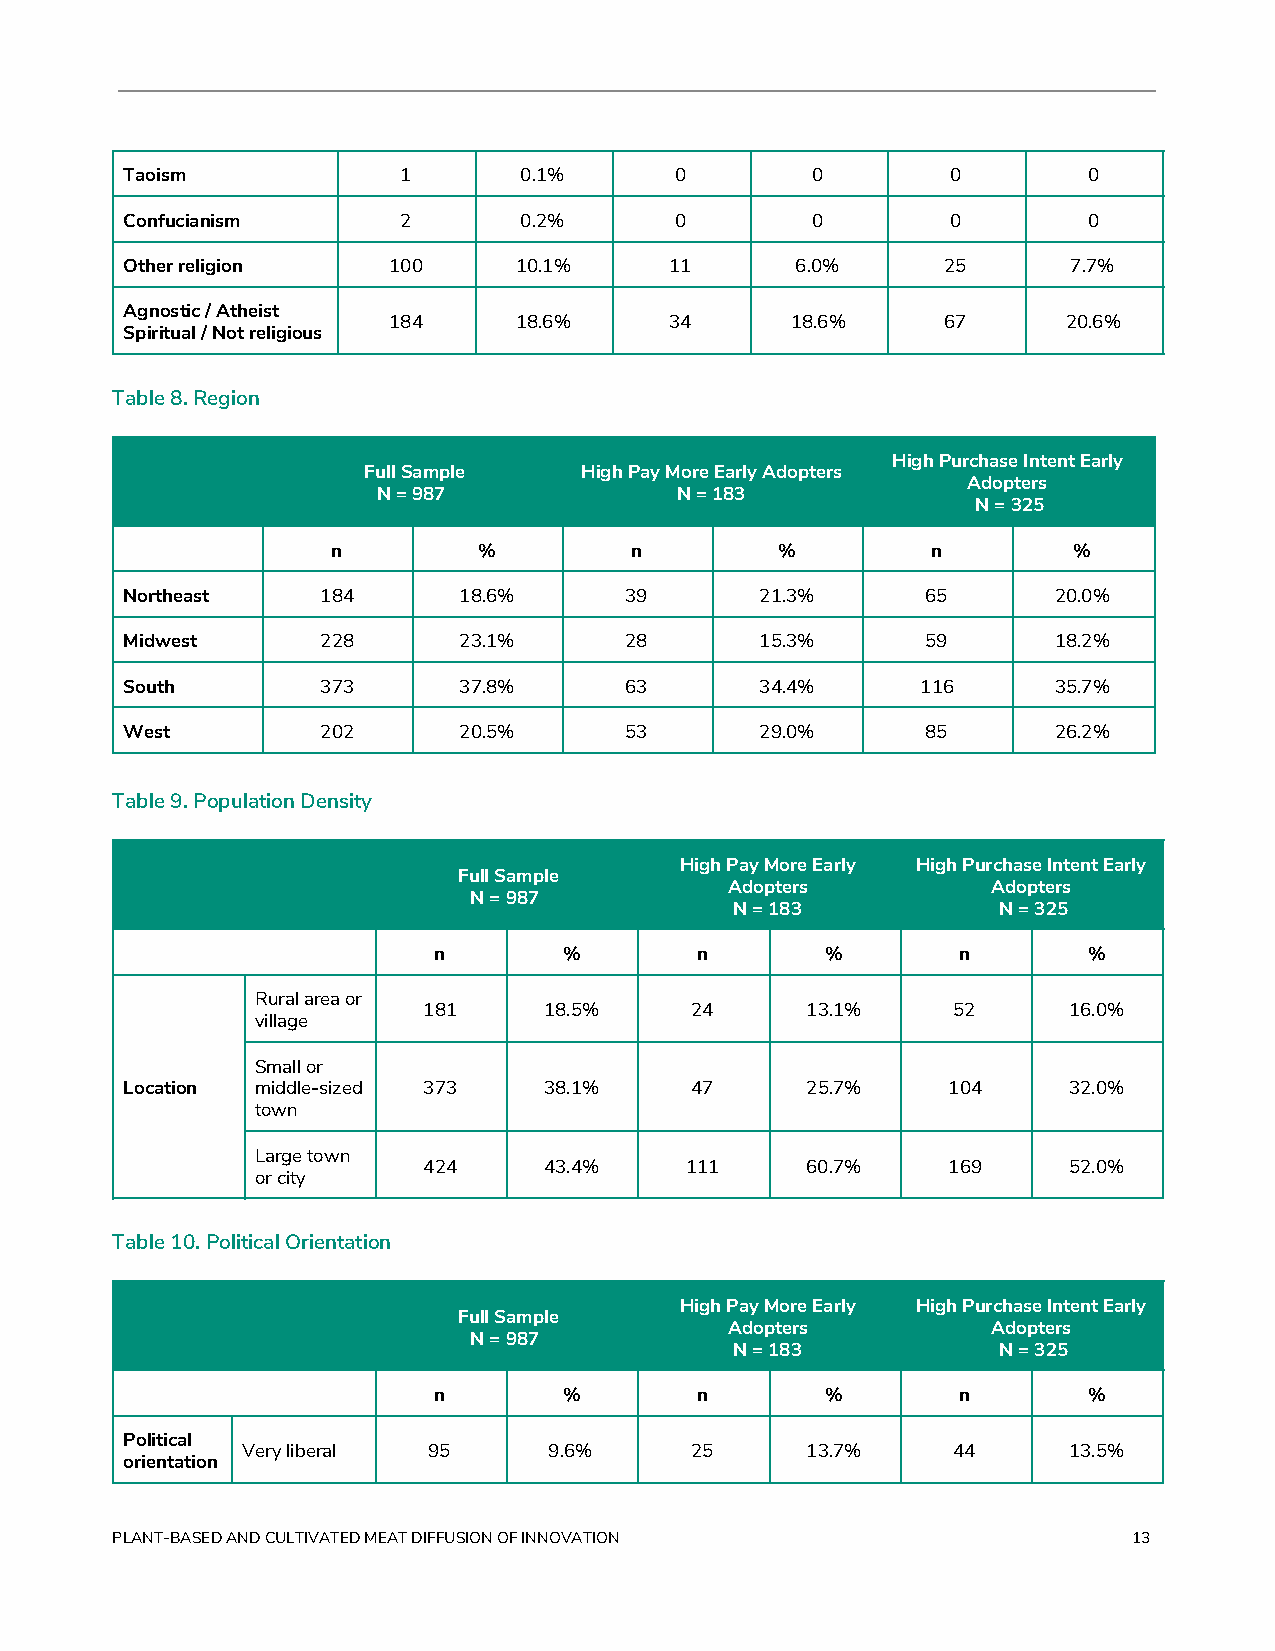
Taoism            1       0.1%       0        0        0        0
 Confucianism      2       0.2%       0        0        0        0
 Other religion    100     10.1%     11       6.0%     25       7.7%
 Agnostic / Atheist
 184     18.6%     34      18.6%     67       20.6%
 Spiritual / Not religious
 Table 8. Region
 High Purchase Intent Early
 Full Sample   High Pay More Early Adopters
 Adopters
 N = 987             N = 183
 N = 325
 n         %         n         %         n        %
 Northeast    184      18.6%      39       21.3%      65       20.0%
 Midwest      228      23.1%      28       15.3%      59       18.2%
 South        373      37.8%      63       34.4%      116      35.7%
 West         202      20.5%      53       29.0%      85       26.2%
 Table 9. Population Density
 High Pay More Early High Purchase Intent Early
 Full Sample
 Adopters          Adopters
 N = 987
 N = 183          N = 325
 n       %        n        %        n       %
 Rural area or
 181     18.5%     24     13.1%     52      16.0%
 village
 Small or
 Location middle-sized 373   38.1%     47     25.7%     104     32.0%
 town
 Large town
 424     43.4%    111     60.7%     169     52.0%
 or city
 Table 10. Political Orientation
 High Pay More Early High Purchase Intent Early
 Full Sample
 Adopters          Adopters
 N = 987
 N = 183          N = 325
 n       %        n        %        n       %
 Political
 Very liberal 95     9.6%      25     13.7%     44      13.5%
 orientation
 PLANT-BASED AND CULTIVATED MEAT DIFFUSION OF INNOVATION             13